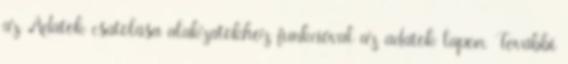
az Adatok csatolása alakzatokhoz funkcióval az adatok lapon. További